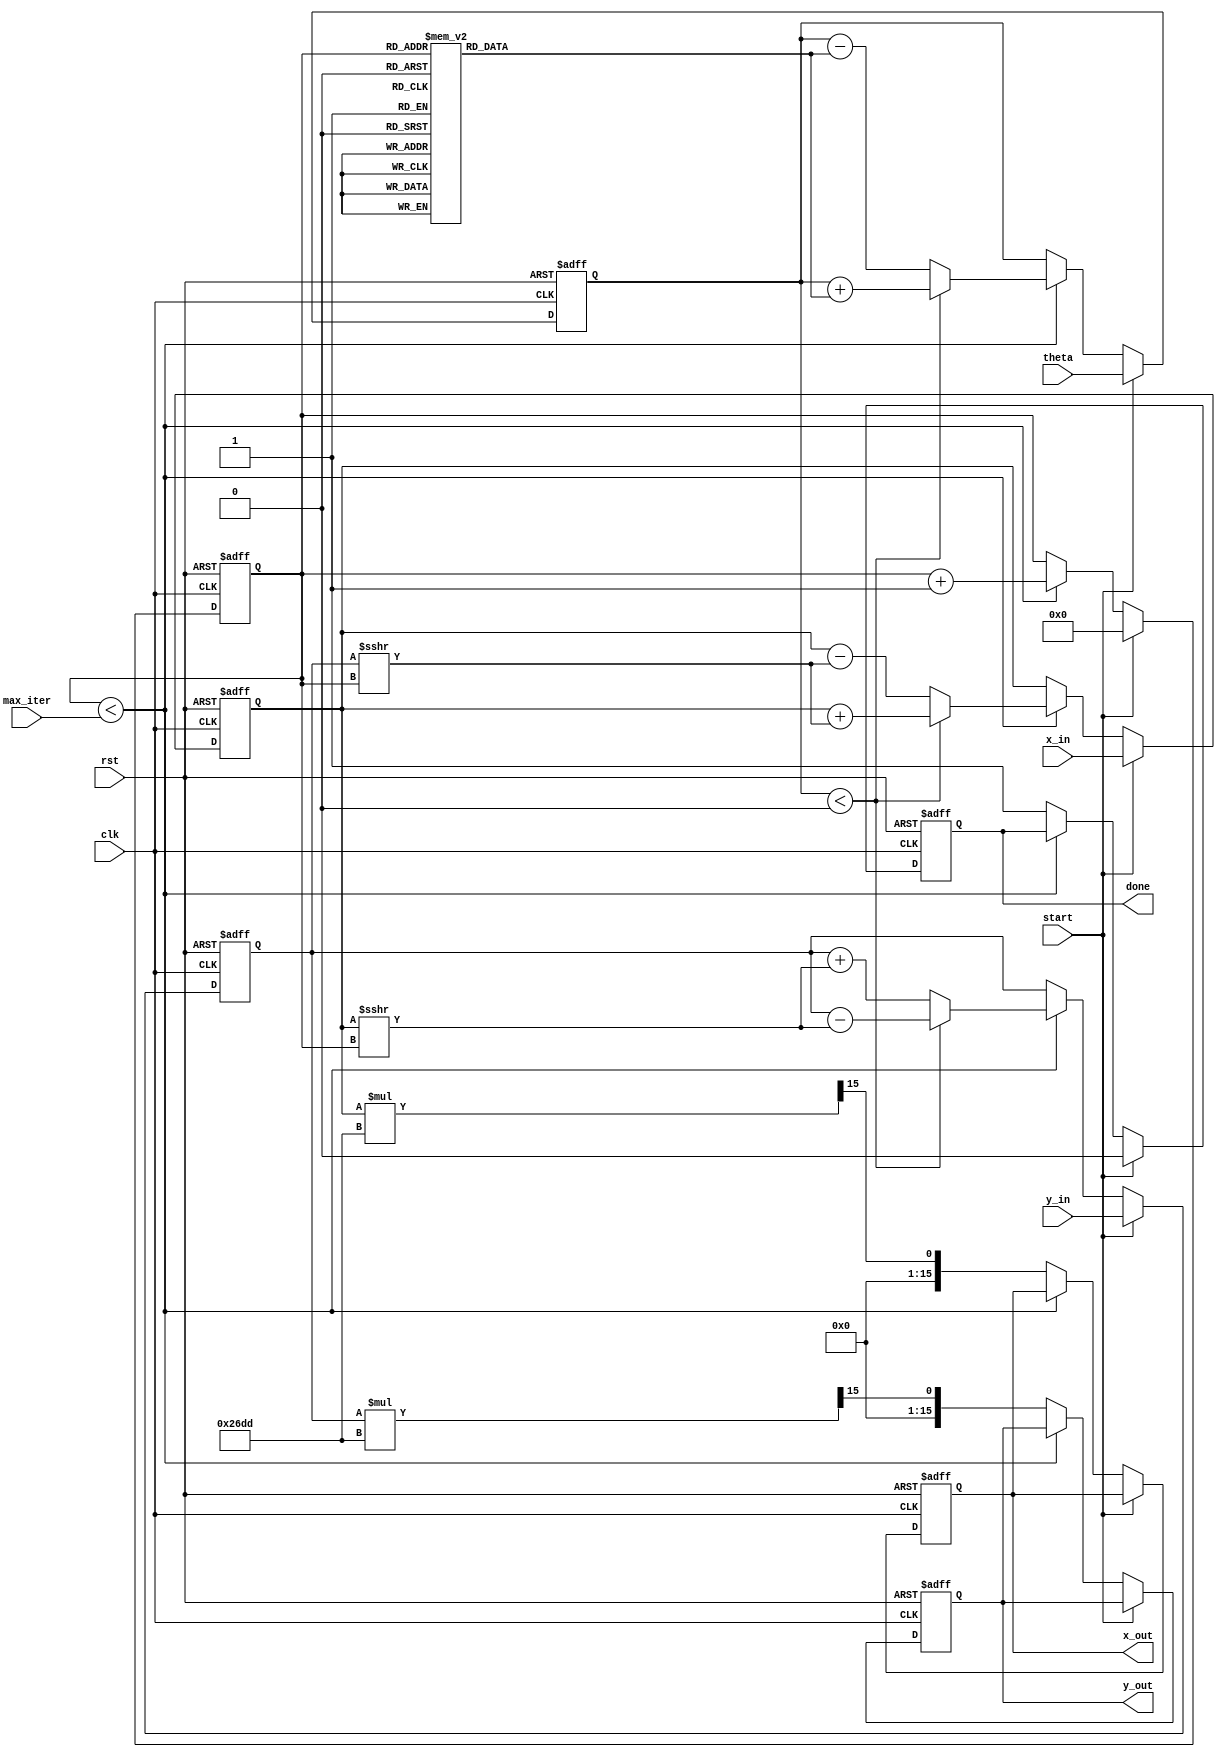
module adaptive_cordic (
    input wire clk,
    input wire rst,
    input wire start,
    input wire [15:0] x_in,   // Input x coordinate (fixed-point)
    input wire [15:0] y_in,   // Input y coordinate (fixed-point)
    input wire [15:0] theta,   // Rotation angle (fixed-point)
    input wire [3:0] max_iter, // Maximum iterations
    output reg [15:0] x_out,   // Output x coordinate
    output reg [15:0] y_out,   // Output y coordinate
    output reg done            // Operation done signal
);

    reg [15:0] x, y;
    reg [15:0] z;              // Angle accumulator
    reg [3:0] iter;           // Current iteration count
    reg [15:0] angle_table [0:15]; // Precomputed arctan values
    reg [15:0] scaling_factor; // Scaling factor for normalization

    // Initialize arctan values (in fixed-point)
    initial begin
        angle_table[0] = 16'h0000; // atan(2^0)
        angle_table[1] = 16'h3C90; // atan(2^-1)
        angle_table[2] = 16'h3A2D; // atan(2^-2)
        angle_table[3] = 16'h38E0; // atan(2^-3)
        angle_table[4] = 16'h37E4; // atan(2^-4)
        angle_table[5] = 16'h37A1; // atan(2^-5)
        angle_table[6] = 16'h376A; // atan(2^-6)
        angle_table[7] = 16'h3754; // atan(2^-7)
        angle_table[8] = 16'h3746; // atan(2^-8)
        angle_table[9] = 16'h3740; // atan(2^-9)
        angle_table[10] = 16'h373C; // atan(2^-10)
        angle_table[11] = 16'h3739; // atan(2^-11)
        angle_table[12] = 16'h3737; // atan(2^-12)
        angle_table[13] = 16'h3736; // atan(2^-13)
        angle_table[14] = 16'h3735; // atan(2^-14)
        angle_table[15] = 16'h3734; // atan(2^-15)
        
        scaling_factor = 16'h26DD; // Scaling factor for normalization
    end

    // Control Unit
    always @(posedge clk or posedge rst) begin
        if (rst) begin
            x <= 0;
            y <= 0;
            z <= 0;
            iter <= 0;
            done <= 0;
            x_out <= 0;
            y_out <= 0;
        end else if (start) begin
            x <= x_in;
            y <= y_in;
            z <= theta;
            iter <= 0;
            done <= 0;
        end else if (iter < max_iter) begin
            // CORDIC Iteration
            if (z < 0) begin
                // Rotate clockwise
                x <= x + (y >>> iter);
                y <= y - (x >>> iter);
                z <= z + angle_table[iter];
            end else begin
                // Rotate counter-clockwise
                x <= x - (y >>> iter);
                y <= y + (x >>> iter);
                z <= z - angle_table[iter];
            end
            iter <= iter + 1;
        end else begin
            // Final output after iterations
            x_out <= x * scaling_factor >>> 15; // Apply scaling
            y_out <= y * scaling_factor >>> 15; // Apply scaling
            done <= 1;
        end
    end
endmodule